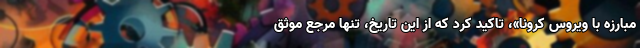
مبارزه با ویروس کرونا»، تاکید کرد که از این تاریخ، تنها مرجع موثّق